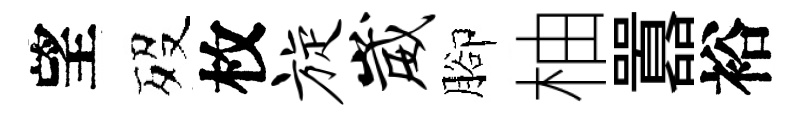
望歿枚旋崴腳柚囂裕